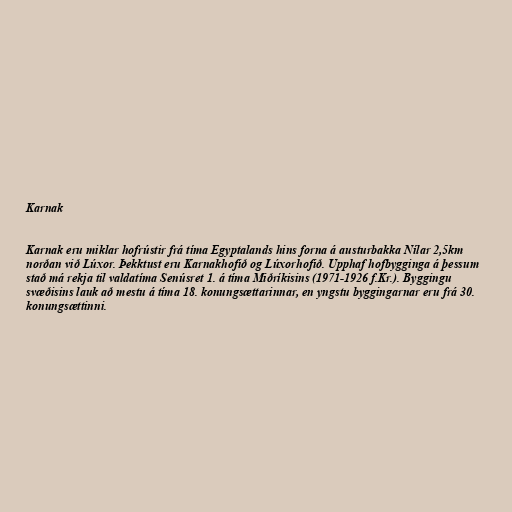
Karnak

Karnak eru miklar hofrústir frá tíma Egyptalands hins forna á austurbakka Nílar 2,5km
norðan við Lúxor. Þekktust eru Karnakhofið og Lúxorhofið. Upphaf hofbygginga á þessum
stað má rekja til valdatíma Senúsret 1. á tíma Miðríkisins (1971-1926 f.Kr.). Byggingu
svæðisins lauk að mestu á tíma 18. konungsættarinnar, en yngstu byggingarnar eru frá 30.
konungsættinni.